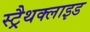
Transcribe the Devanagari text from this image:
स्ट्रैथक्लाइड